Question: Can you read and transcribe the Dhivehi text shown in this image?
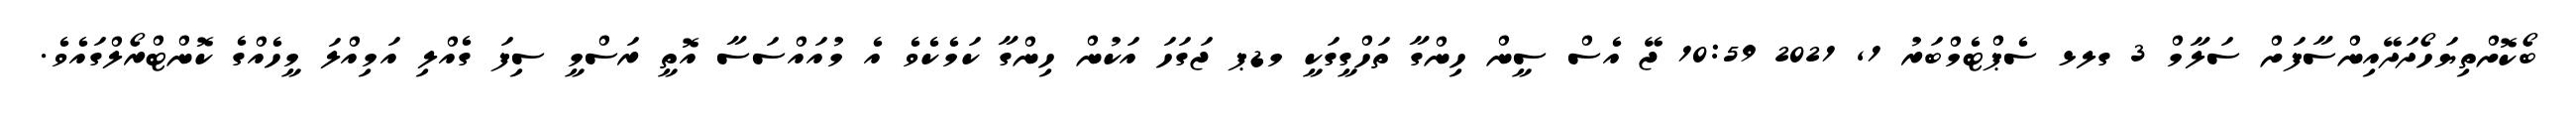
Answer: ބޯކޮށްތިޔަހޯދަދޭއިންސާފަށް ސަލާމް 3 ގލޅ ސެޕްޓެމްބަރު 1, 2021 10:59 ޖޭ އެސް ސީން ހިންގާ ތަހްގީގަކީ މޑޕ ޖަގަހަ އަކުން ހިންގާ ކަމެކެވެ އެ މުއައްސަސާ އޮތީ ރަސްމީ ސިފަ ގެއްލި އަމިއްލަ މީހެއްގެ ކޮންޓްރޯލްގައެވެ.